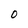
Character: 0